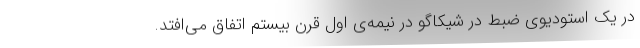
در یک استودیوی ضبط در شیکاگو در نیمه‌ی اول قرن بیستم اتفاق می‌افتد.